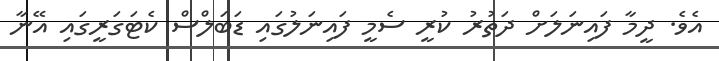
އެވެ. ދީމާ ފައިނަލަށް ދަތުރު ކުރީ ސެމީ ފައިނަލުގައި ޑަބަލްސް ކެޓަގަރީގައި އޭނާ